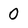
Character: 0